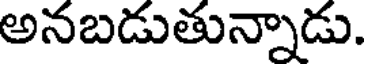
అనబడుతున్నాడు.